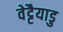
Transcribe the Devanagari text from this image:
वेट्टैयाडु